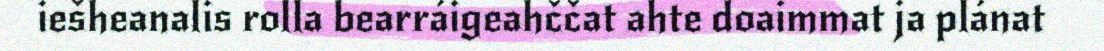
iešheanalis rolla bearráigeahččat ahte doaimmat ja plánat